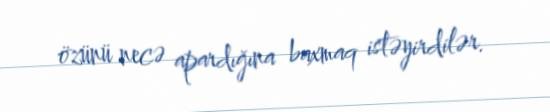
özünü necə apardığına baxmaq istəyirdilər.